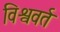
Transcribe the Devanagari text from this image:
विश्ववर्त